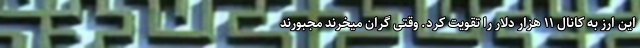
این ارز به کانال ۱۱ هزار دلار را تقویت کرد. وقتی گران میخرند مجبورند